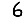
Digit: 6